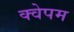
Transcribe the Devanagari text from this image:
क्वेपम